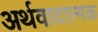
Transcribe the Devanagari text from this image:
अर्थवादात्मक